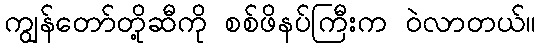
ကျွန်တော်တို့ဆီကို စစ်ဖိနပ်ကြီးက ဝဲလာတယ်။